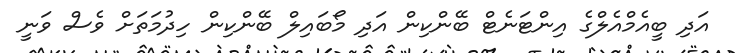
އަދި ބީއެމްއެލްގެ އިންޓަނެޓް ބޭންކިން އަދި މޯބައިލް ބޭންކިން ހިދުމަތަށް ވެސް ވަނީ